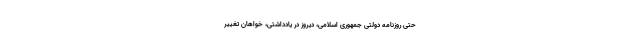
حتی روزنامه دولتی جمهوری اسلامی، دیروز در یادداشتی، خواهان تغییر